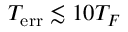
T _ { \mathrm { e r r } } \lesssim 1 0 T _ { F }